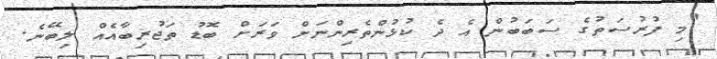
"މި ފުރުސަތުގެ ސަބަބުން އެ ދެ ކުޅުންތެރިންނަށް ވަރަށް ބޮޑު ތަޖުރިބާއެއް ލިބޭނެ.